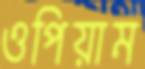
ওপিয়াম